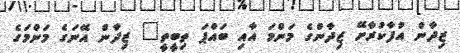
ޒިދާން އުފާކުރާށޭ ޒިދާންގެ މަންމަ އާއި ބައްޕަ ތިބީތީ" ޒިދާން އޭނަގެ މަންމަގެ